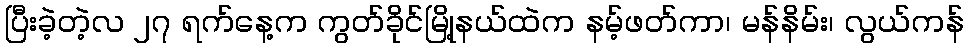
ပြီးခဲ့တဲ့လ ၂၇ ရက်နေ့က ကွတ်ခိုင်မြို့နယ်ထဲက နမ့်ဖတ်ကာ၊ မန်နိမ်း၊ လွယ်ကန်